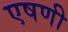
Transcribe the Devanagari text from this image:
एषणी